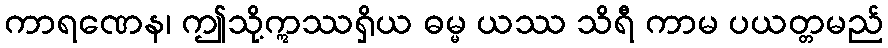
ကာရဏေန၊ ဤသို့ဣဿရှိယ ဓမ္မ ယဿ သိရီ ကာမ ပယတ္တမည်